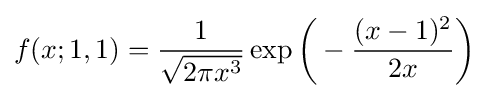
f(x;1,1)={\frac {1}{\sqrt {2\pi x^{3}}}}\exp {\biggl (}-{\frac {(x-1)^{2}}{2x}}{\biggr )}